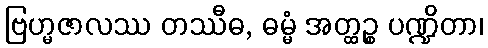
ဗြဟ္မဇာလဿ တဿီဓ, ဓမ္မံ အတ္ထဉ္စ ပဏ္ဍိတာ၊